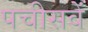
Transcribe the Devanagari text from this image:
पचीसवें